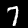
Label: 7